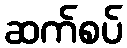
ဆက်စပ်